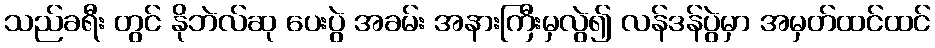
သည်ခရီး တွင် နိုဘဲလ်ဆု ပေးပွဲ အခမ်း အနားကြီးမှလွဲ၍ လန်ဒန်ပွဲမှာ အမှတ်ထင်ထင်